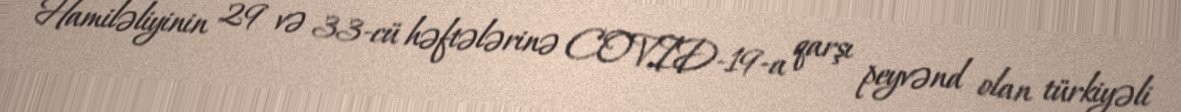
Hamiləliyinin 29 və 33-cü həftələrinə COVID-19-a qarşı peyvənd olan türkiyəli